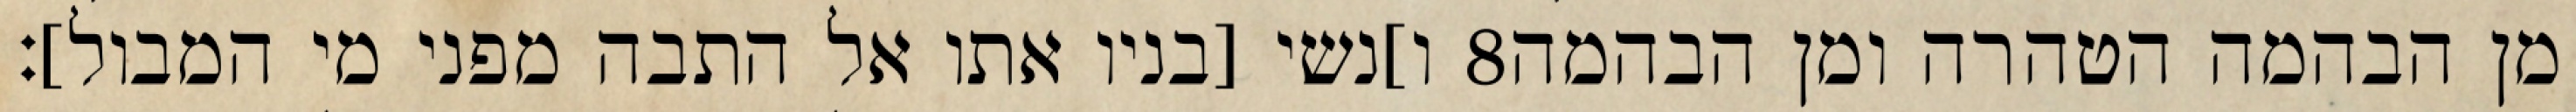
ו]נשי [בניו אתו אל התבה מפני מי המבול]׃ ‎8‏ מן הבהמה הטהרה ומן הבהמה